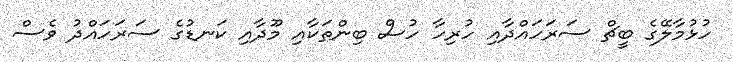
ހުޅުމާލޭގެ ބީޗް ސަރަހައްދާއި ހުރިހާ ހުސް ބިންތަކާއި މޫދާއި ކަނޑުގެ ސަރަހައްދު ވެސް